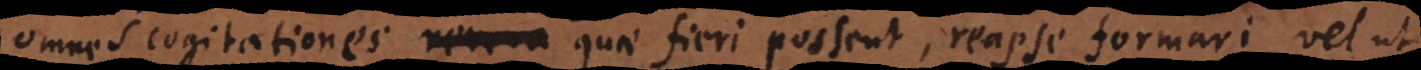
omnes cogitationes revera quae fieri possent, reapse formari, vel ut